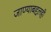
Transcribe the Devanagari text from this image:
जाण्याबद्दलही